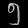
Digit: ၅